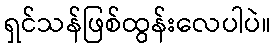
ရှင်သန်ဖြစ်ထွန်းလေပါပဲ။